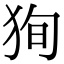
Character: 狥